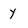
Character: y